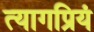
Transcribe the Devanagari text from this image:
त्यागप्रियं